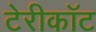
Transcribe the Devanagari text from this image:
टेरीकॉट